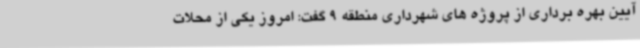
آیین بهره برداری از پروژه های شهرداری منطقه 9 گفت: امروز یکی از محلات